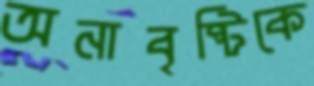
অনাবৃষ্টিকে